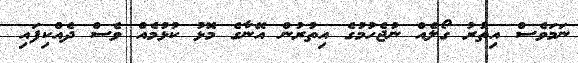
ނަމަވެސް އިތުރު ގޯލެއް ނުޖެހުމުގެ އިތުރުން އޭނާގެ މޮޅު ކުޅުމެއް ވެސް ދެއްކިފައި